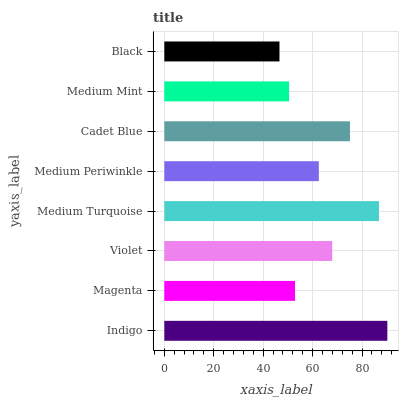
| yaxis_label | bars |
 | --- | --- |
 | Indigo | 90.3 |
 | Magenta | 52.9 |
 | Violet | 67.9 |
 | Medium Turquoise | 86.9 |
 | Medium Periwinkle | 62.5 |
 | Cadet Blue | 75.1 |
 | Medium Mint | 50.5 |
 | Black | 46.6 |